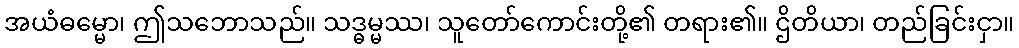
အယံဓမ္မော၊ ဤသဘောသည်။ သဒ္ဓမ္မဿ၊ သူတော်ကောင်းတို့၏ တရား၏။ ဌိတိယာ၊ တည်ခြင်းငှာ။